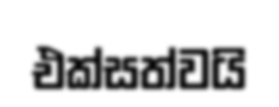
එක්සත්වයි